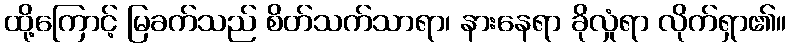
ထို့ကြောင့် မြခက်သည် စိတ်သက်သာရာ၊ နားနေရာ ခိုလှုံရာ လိုက်ရှာ၏။